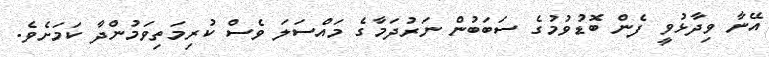
އޭނާ ވިދާޅުވީ ފެން ބޮޑުވުމުގެ ސަބަބުން ނަރުދަމާގެ މައްސަލަ ވެސް ކުރިމަތިވަމުންދާ ކަމަށެވެ.